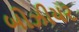
બોઝીયર